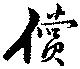
償